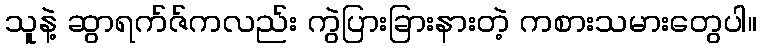
သူနဲ့ ဆွာရက်ဇ်ကလည်း ကွဲပြားခြားနားတဲ့ ကစားသမားတွေပါ။